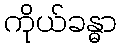
ကိုယ်ခန္ဓာ